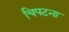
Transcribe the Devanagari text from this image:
चिपटना